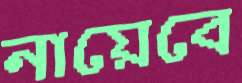
নায়েবে